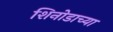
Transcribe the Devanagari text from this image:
शिनोडाच्या